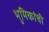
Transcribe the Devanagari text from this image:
भुमिकांची